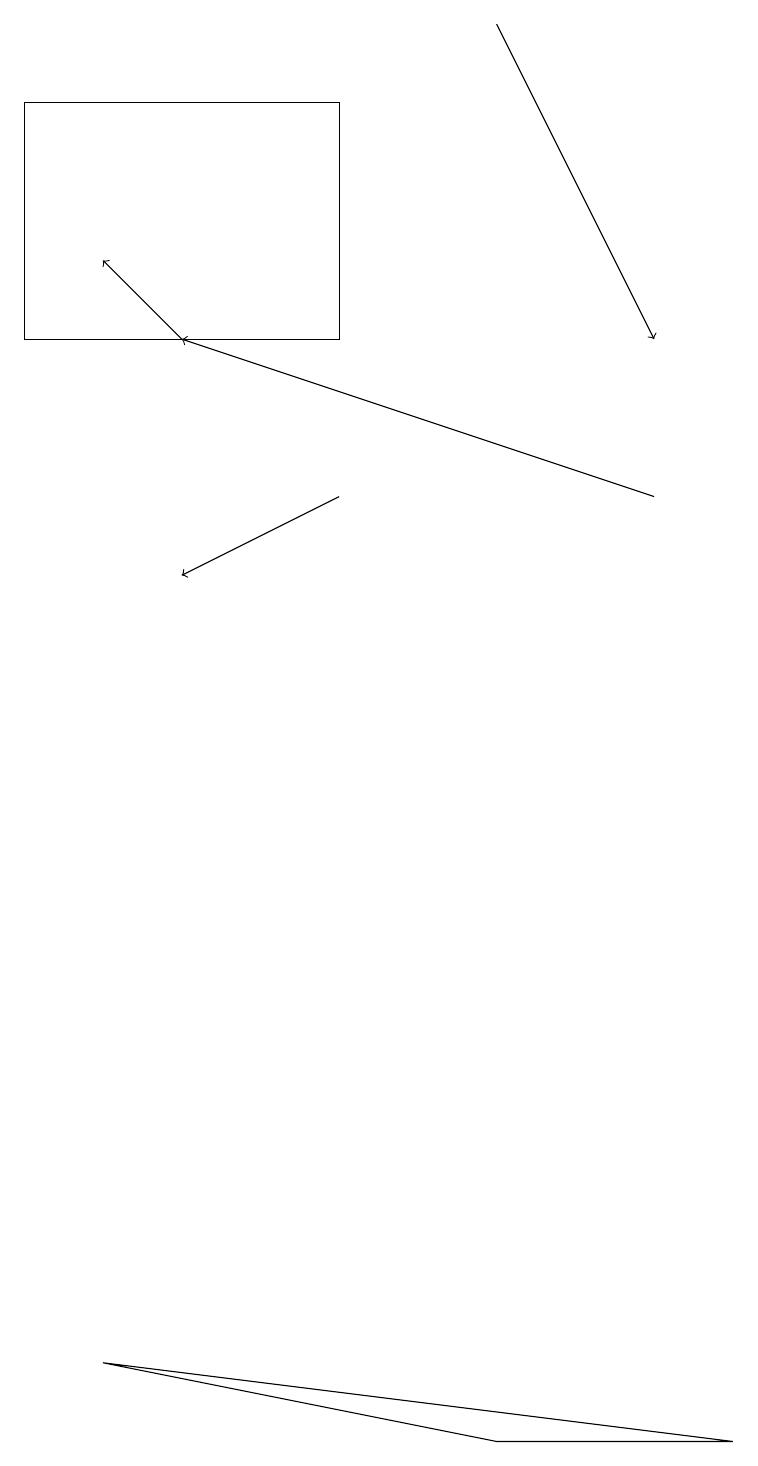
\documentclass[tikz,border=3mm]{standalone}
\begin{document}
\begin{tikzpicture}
\draw (1,2) -- (9,1) -- (6,1) -- cycle;
\draw[->] (2,15) -- (1,16);
\draw[->] (6,19) -- (8,15);
\draw (0,18) rectangle (4,15);
\draw[->] (8,13) -- (2,15);
\draw[->] (4,13) -- (2,12);
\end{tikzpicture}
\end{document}